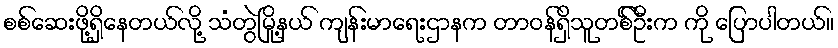
စစ်ဆေးဖို့ရှိနေတယ်လို့ သံတွဲမြို့နယ် ကျန်းမာရေးဌာနက တာဝန်ရှိသူတစ််ဦးက ကို ပြောပါတယ်။